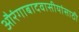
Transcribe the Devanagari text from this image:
औरंगाबादवासीयांसाठी